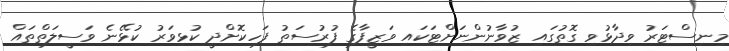
މިނިސްޓަރު ވިދާޅުވި ގޮތުގައި ޒުވާނުންނަށްޓަކައި ވަޒީފާގެ ފުރުސަތު ފަހިކޮށްދީ ކުޅިވަރު ކުޅޭނެ ވަސީލަތްތައް